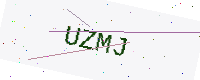
Text: UZMJ